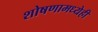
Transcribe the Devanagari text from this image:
शोषणामध्येही